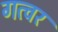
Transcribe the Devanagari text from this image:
गत्वर